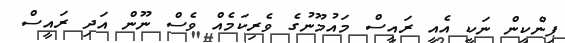
ޕިންކީން ނަކީ އެއީ ރައީސް މައުމޫނުގެ ވެރިކަމެއް ވެސް ނޫން އަދި ރައީސް